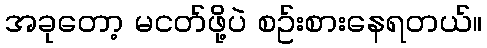
အခုတော့ မငတ်ဖို့ပဲ စဥ်းစားနေရတယ်။